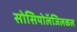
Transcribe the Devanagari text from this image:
सोसियोलॅजिलकल